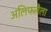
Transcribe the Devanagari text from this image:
अलिफलैला